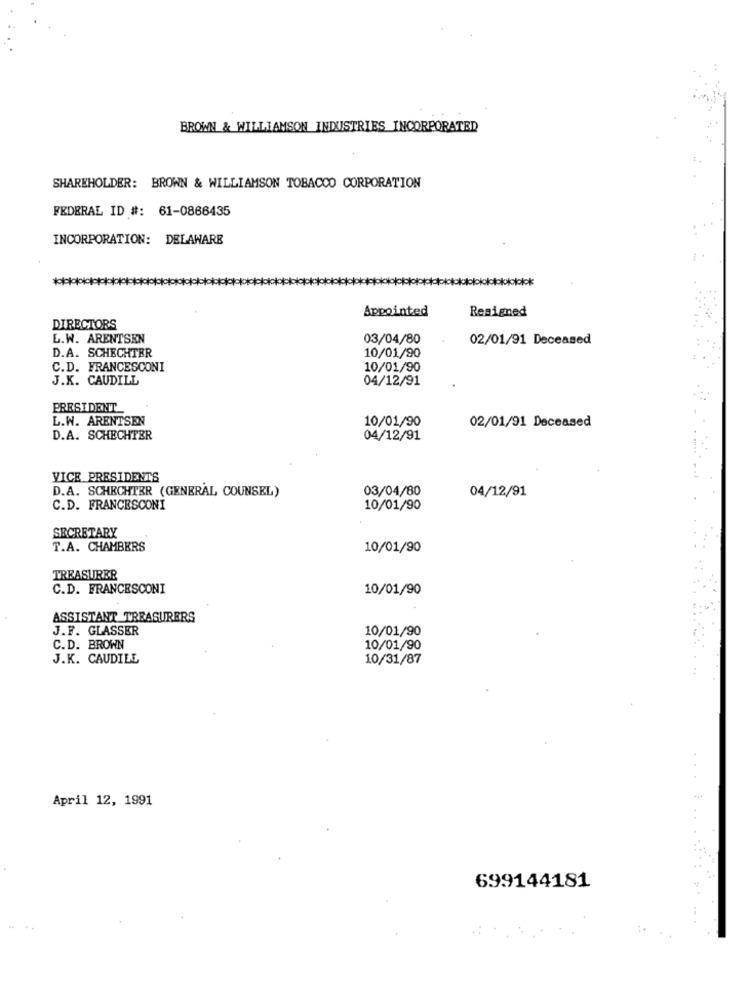
BROWN & WILLIAMSON INDUSTRIES INCORPORATED
SHAREHOLDER: BROWN & WILLIAMSON TOBACCO CORPORATION
FEDERAL ID #: 61-0866435
INCORPORATION: DELAWARE
Appointed
Resigned
DIRECTORS
L.W. ARENTSEN
03/04/80
02/01/91 Deceased
D.A. SCHECHTER
10/01/90
C.D. FRANCESCONI
10/01/90
J.K. CAUDILL
04/12/91
PRESIDENT_
L.W. ARENTSEN
10/01/90
02/01/91 Deceased
D.A. SCHECHTER
04/12/91
VICE PRESIDENTS
03/04/80
D.A. SCHECHTER (GENERAL COUNSEL)
04/12/91
C.D. FRANCESCONI
10/01/90
SECRETARY
T.A. CHAMBERS
10/01/90
TREASURER
C.D. FRANCESCONI
10/01/90
ASSISTANT TREASURERS
J.F. GLASSER
10/01/90
C.D. BROWN
10/01/90
J.K. CAUDILL
10/31/87
April 12, 1991
699144181